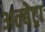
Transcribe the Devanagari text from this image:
अल्बेट्रा